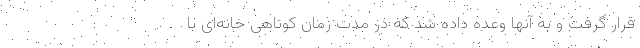
قرار گرفت و به آنها وعده داده شد که در مدت زمان کوتاهی خانه‌‌ای با